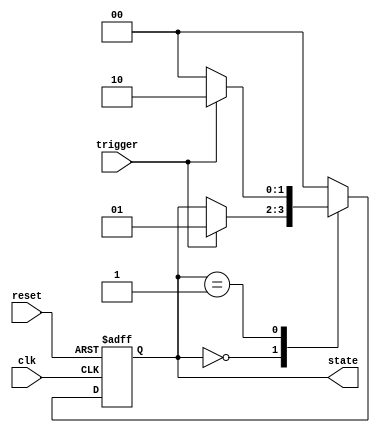
module fsm_example (
    input wire clk,         // Clock signal
    input wire reset,       // Reset signal
    input wire trigger,     // External trigger signal
    output reg [1:0] state  // 2-bit state output
);

    // State encoding
    parameter STATE_A = 2'b00;
    parameter STATE_B = 2'b01;
    parameter STATE_C = 2'b10;

    // Initial state
    initial begin
        state = STATE_A;
    end

    // FSM process - triggered on clk and reset
    always @(posedge clk or posedge reset) begin
        if (reset) begin
            // Reset state to STATE_A
            state <= STATE_A;   // Non-blocking assignment
        end else begin
            // State transition logic
            case (state)
                STATE_A: begin
                    if (trigger) begin
                        state <= STATE_B; // Transition to STATE_B on trigger
                    end
                end
                STATE_B: begin
                    if (trigger) begin
                        state <= STATE_C; // Transition to STATE_C on trigger
                    end else begin
                        state <= STATE_A; // Transition back to STATE_A if not triggered
                    end
                end
                STATE_C: begin
                    state <= STATE_A; // Transition back to STATE_A from STATE_C
                end
                default: state <= STATE_A; // Default state
            endcase
        end
    end

endmodule